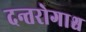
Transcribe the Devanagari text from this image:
दन्तरोगाश्च